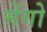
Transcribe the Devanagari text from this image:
मेंगो